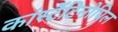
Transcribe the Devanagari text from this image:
कांस्टैंटिनोपिल